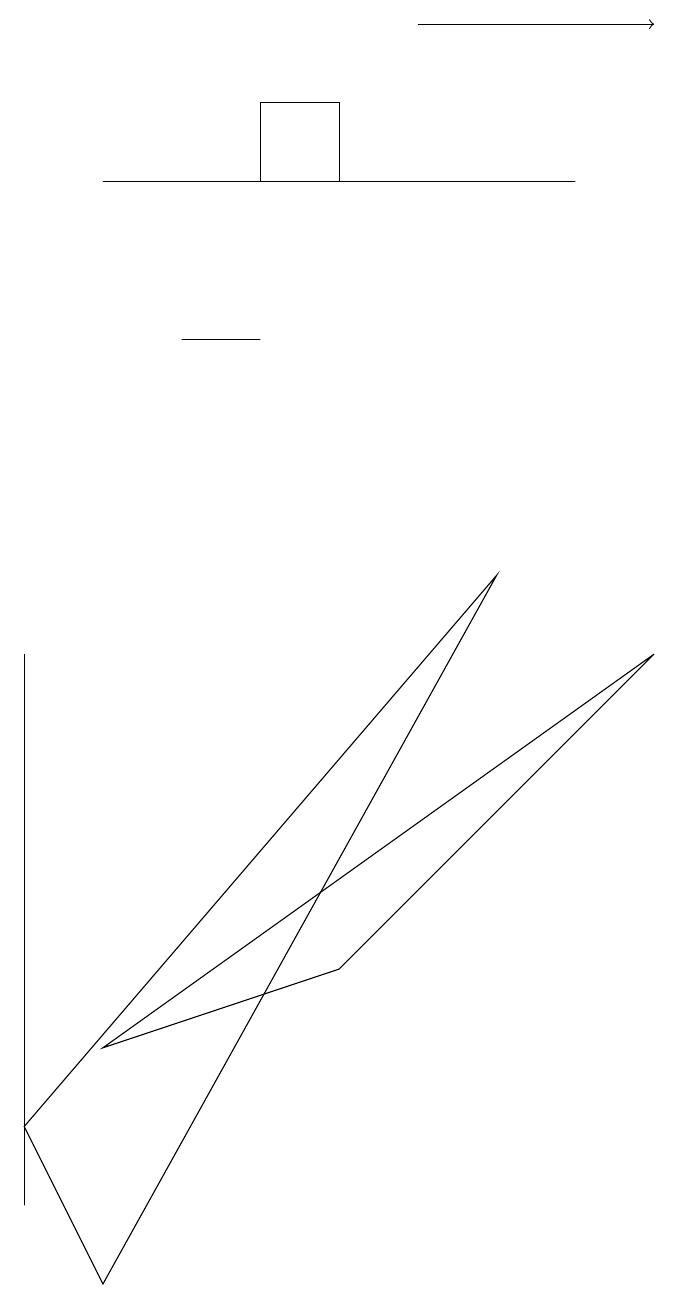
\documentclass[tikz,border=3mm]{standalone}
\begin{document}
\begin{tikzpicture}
\draw (0,2) -- (0,8) -- (0,1) -- cycle;
\draw (7,14) rectangle (1,14);
\draw (1,3) -- (8,8) -- (4,4) -- cycle;
\draw (2,12) rectangle (3,12);
\draw (6,9) -- (1,0) -- (0,2) -- cycle;
\draw (3,14) rectangle (4,15);
\draw[->] (5,16) -- (8,16);
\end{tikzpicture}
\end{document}